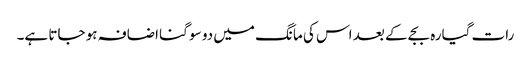
رات گیارہ بجے کے بعد اس کی مانگ میں دو سو گنا اضافہ ہو جاتا ہے۔